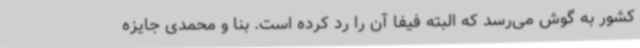
کشور به گوش می‌رسد که البته فیفا آن را رد کرده است. بنا و محمدی جایزه